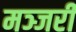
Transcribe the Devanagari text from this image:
मञ्जरी